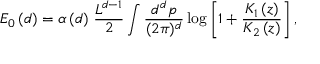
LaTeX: E _ { 0 } \left( d \right) = \alpha \left( d \right) \, \frac { L ^ { d - 1 } } { 2 } \int \frac { d ^ { d } p } { ( 2 \pi ) ^ { d } } \log \left[ 1 + \frac { K _ { 1 } \left( z \right) } { K _ { 2 } \left( z \right) } \right] ,